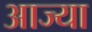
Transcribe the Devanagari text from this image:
आज्या